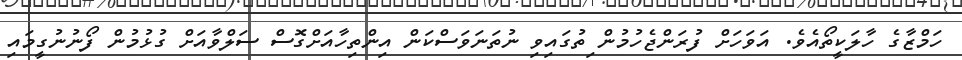
ހަމްޒާގެ ހާލަކީތޯއެވެ. އަވަހަށް ފުރަންޖެހުމުން ިތުގައިވި ނުތަނަވަސްކަން އިންތިހާއަށްގޮސް ސަލްވާއަށް ގުޅުމުން ފޯނުނުގީމައި